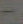
-